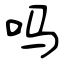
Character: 吗